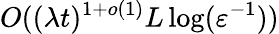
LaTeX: O((\lambda t)^{1+o(1)}L\log(\varepsilon^{-1}))